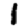
Digit: 1